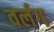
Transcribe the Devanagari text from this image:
वर्लग